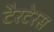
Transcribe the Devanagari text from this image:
टैरटेरस